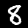
Label: 8